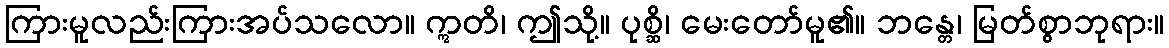
ကြားမူလည်းကြားအပ်သလော။ ဣတိ၊ ဤသို့။ ပုစ္ဆိ၊ မေးတော်မူ၏။ ဘန္တေ၊ မြတ်စွာဘုရား။